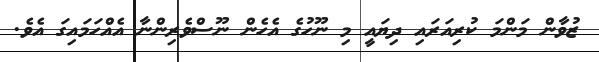
ޒުވާން މަންމަ ކުރިއަރައި ދިޔައީ މި ނޫހުގެ އެހެން ނޫސްވެރިންނާ އެއްހަމައިގަ އެވެ.